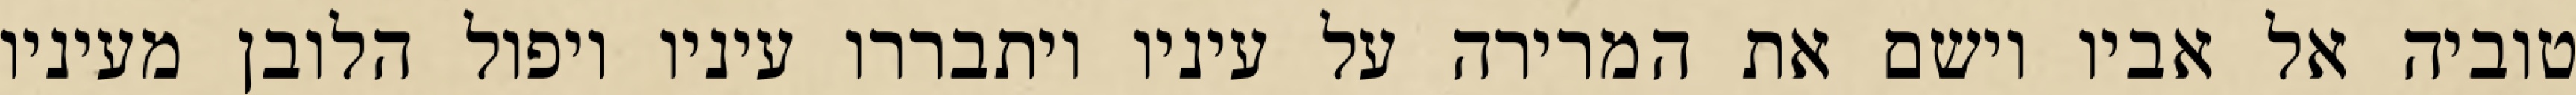
טוביה אל אביו וישם את המרירה על עיניו ויתבררו עיניו ויפול הלובן מעיניו